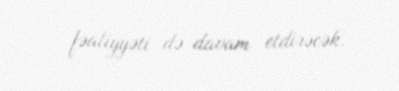
fəaliyyəti də davam etdirəcək.